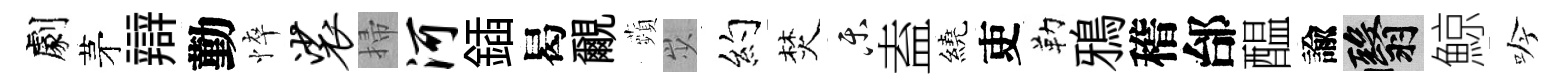
劇茅辯勤悴裟掃河鍤曷覼蘋𡵯约焚乐盍繞吏勒鴉稽邰醖諭翳鯨吟